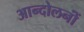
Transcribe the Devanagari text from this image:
आन्दोलनोंं